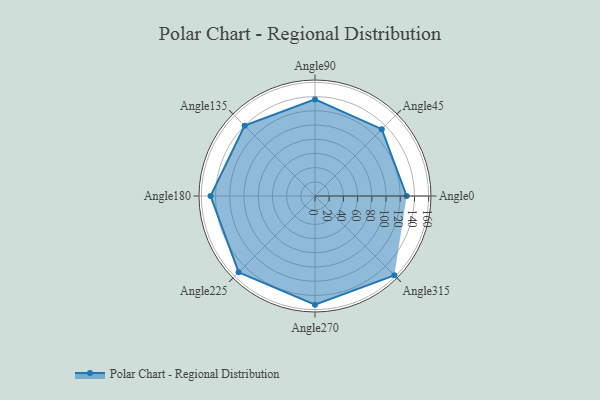
{"axis": {"x": "Angle", "y": "Radius"}, "legend": [""], "data": [{"x": "Angle0", "y": 129.0, "type": ""}, {"x": "Angle45", "y": 133.0, "type": ""}, {"x": "Angle90", "y": 136.0, "type": ""}, {"x": "Angle135", "y": 140.0, "type": ""}, {"x": "Angle180", "y": 147.0, "type": ""}, {"x": "Angle225", "y": 152.0, "type": ""}, {"x": "Angle270", "y": 153.0, "type": ""}, {"x": "Angle315", "y": 158.0, "type": ""}]}